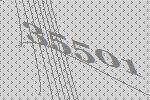
35501